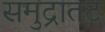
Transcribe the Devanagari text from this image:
समुद्रातट